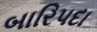
બારિપદા